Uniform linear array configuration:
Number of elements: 24
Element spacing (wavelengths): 1
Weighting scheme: cosine
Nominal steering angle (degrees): -15
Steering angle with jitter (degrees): -14.133
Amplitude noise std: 0.05
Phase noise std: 0.05

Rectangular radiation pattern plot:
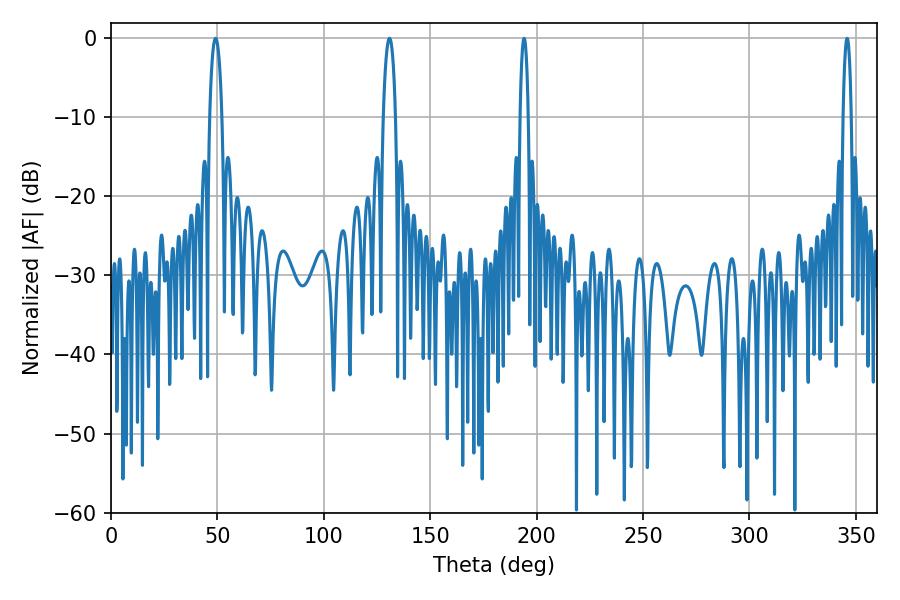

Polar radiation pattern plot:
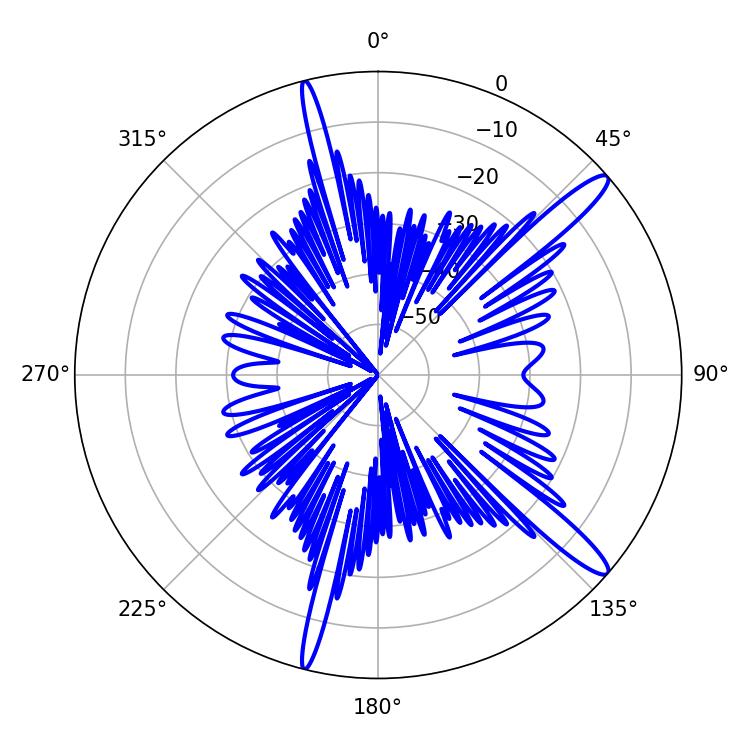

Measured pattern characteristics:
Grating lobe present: TRUE
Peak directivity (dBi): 14.193
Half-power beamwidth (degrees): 3.24
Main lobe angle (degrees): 49.14